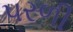
પરળી